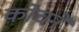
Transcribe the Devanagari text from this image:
कोचने